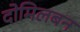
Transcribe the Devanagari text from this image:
दोमिलबन